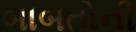
બાબતોની